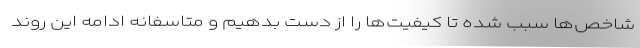
شاخص‌ها سبب شده تا کیفیت‌ها را از دست بدهیم و متاسفانه ادامه این روند